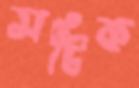
সটিক